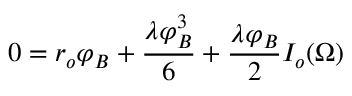
0 = r _ { o } \varphi _ { B } + { \frac { \lambda \varphi _ { B } ^ { 3 } } { 6 } } + { \frac { \lambda \varphi _ { B } } { 2 } } I _ { o } ( \Omega )